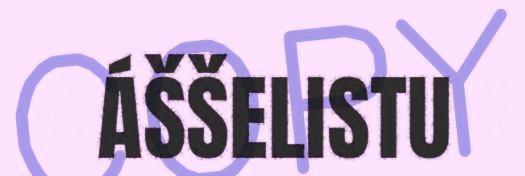
ÁŠŠELISTU